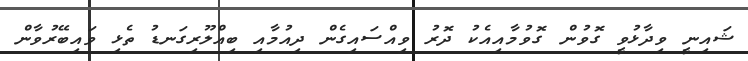
ޝައިނީ ވިދާޅުވީ ގޮވުން ގޮވުމާއިއެކު ދޮރު ވިއްސައިގެން ދިއުމާއި ބިއްލޫރިގަނޑު ތެޅި ވައިބޭރުވާން